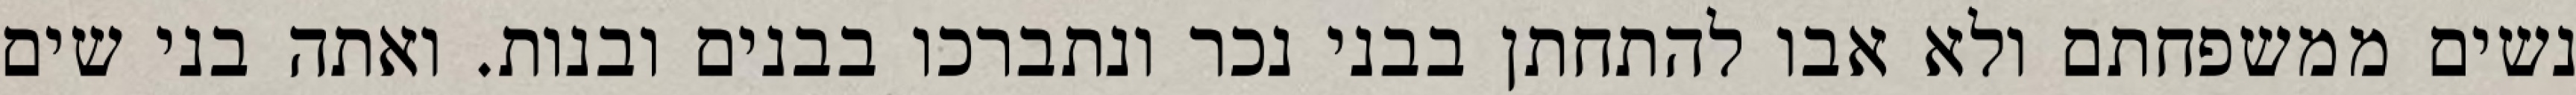
נשים ממשפחתם ולא אבו להתחתן בבני נכר ונתברכו בבנים ובנות. ואתה בני שים